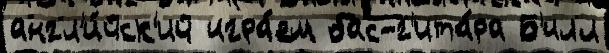
англ'и́йск'ий игра́ем бас-г'ита́ра Б'илл